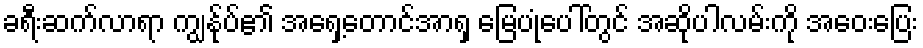
ခရီးဆက်လာရာ ကျွန်ုပ်၏ အရှေ့တောင်အာရှ မြေပုံပေါ်တွင် အဆိုပါလမ်းကို အဝေးပြေး